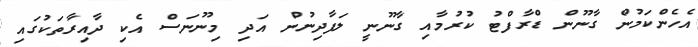
އެހެންކަމުން ގާނޫން ޑްރާފްޓު ކުރުމާއި ގާނޫނީ ލަފާދިނުން އަދި މިނޫނަސް އެކި ދާއިރާތަކުގައި